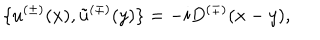
LaTeX: \{ u ^ { ( \pm ) } ( x ) , \tilde { u } ^ { ( \mp ) } ( y ) \} = - i D ^ { ( \mp ) } ( x - y ) ,